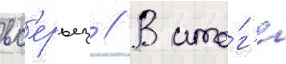
вс'ерьез // В ито́г'е